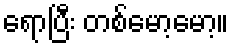
ရောပြီး တစ်မော့မော့။